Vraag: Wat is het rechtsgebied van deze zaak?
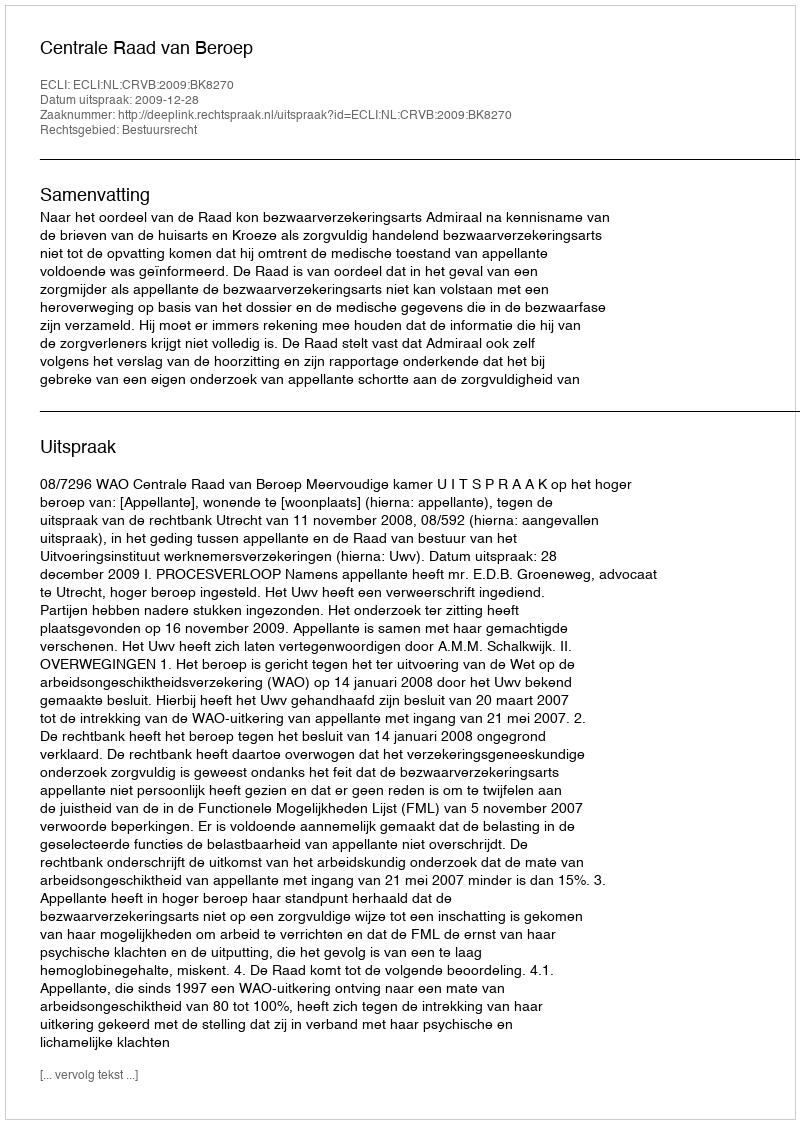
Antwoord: Bestuursrecht